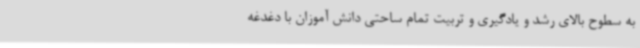
به سطوح بالای رشد و یادگیری و تربیت تمام ساحتی دانش آموزان با دغدغه